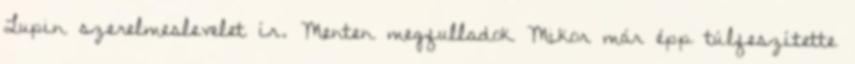
Lupin szerelmeslevelet ír. Menten megfulladok Mikor már épp túlfeszítette